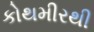
કોથમીરથી